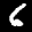
Label: 6